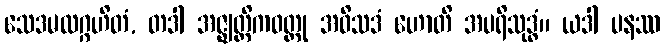
သေဒမလဂ္ဂဟိတံ, တဒါ အဇ္ဈတ္တိကဝတ္ထု အဝိသဒံ ဟောတိ အပရိသုဒ္ဓံ။ ယဒါ ပနဿ